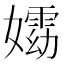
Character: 𡢵